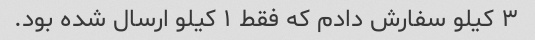
۳ کیلو سفارش دادم که فقط ۱ کیلو ارسال شده بود.